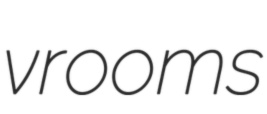
vrooms